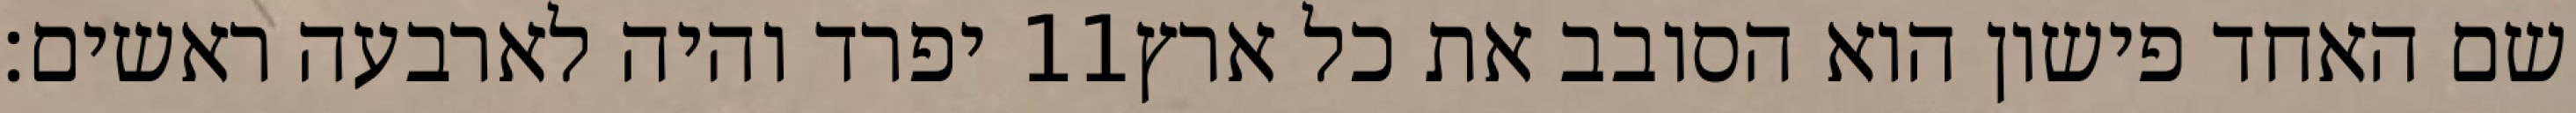
יפרד והיה לארבעה ראשים׃ ‎11‏ שם האחד פישון הוא הסובב את כל ארץ